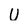
Character: U